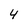
Character: 4